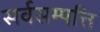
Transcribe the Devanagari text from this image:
सर्वसम्पत्ति